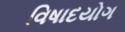
વિષાદયોગ